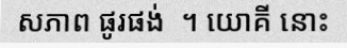
សភាព ផូរផង់  ។ យោគី នោះ